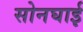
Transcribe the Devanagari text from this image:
सोनघाई